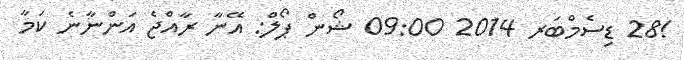
!28 ޑިސެމްބަރ 2014 09:00 ޝޯން ޕޯލް: އޭނާ ރާއްޖެ އަންނާނެ ކަމާ